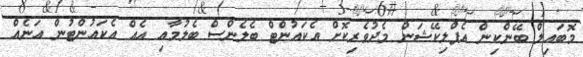
މޮބައިލް ބޭންކިން އެޕްލިކޭޝަން މެދުވެރިކޮށް އެކައުންޓް ބެލެންސް ބެލުމާއި އެއް އެކައުންޓުން އަނެއް